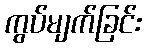
ကွပ်မျက်ခြင်း